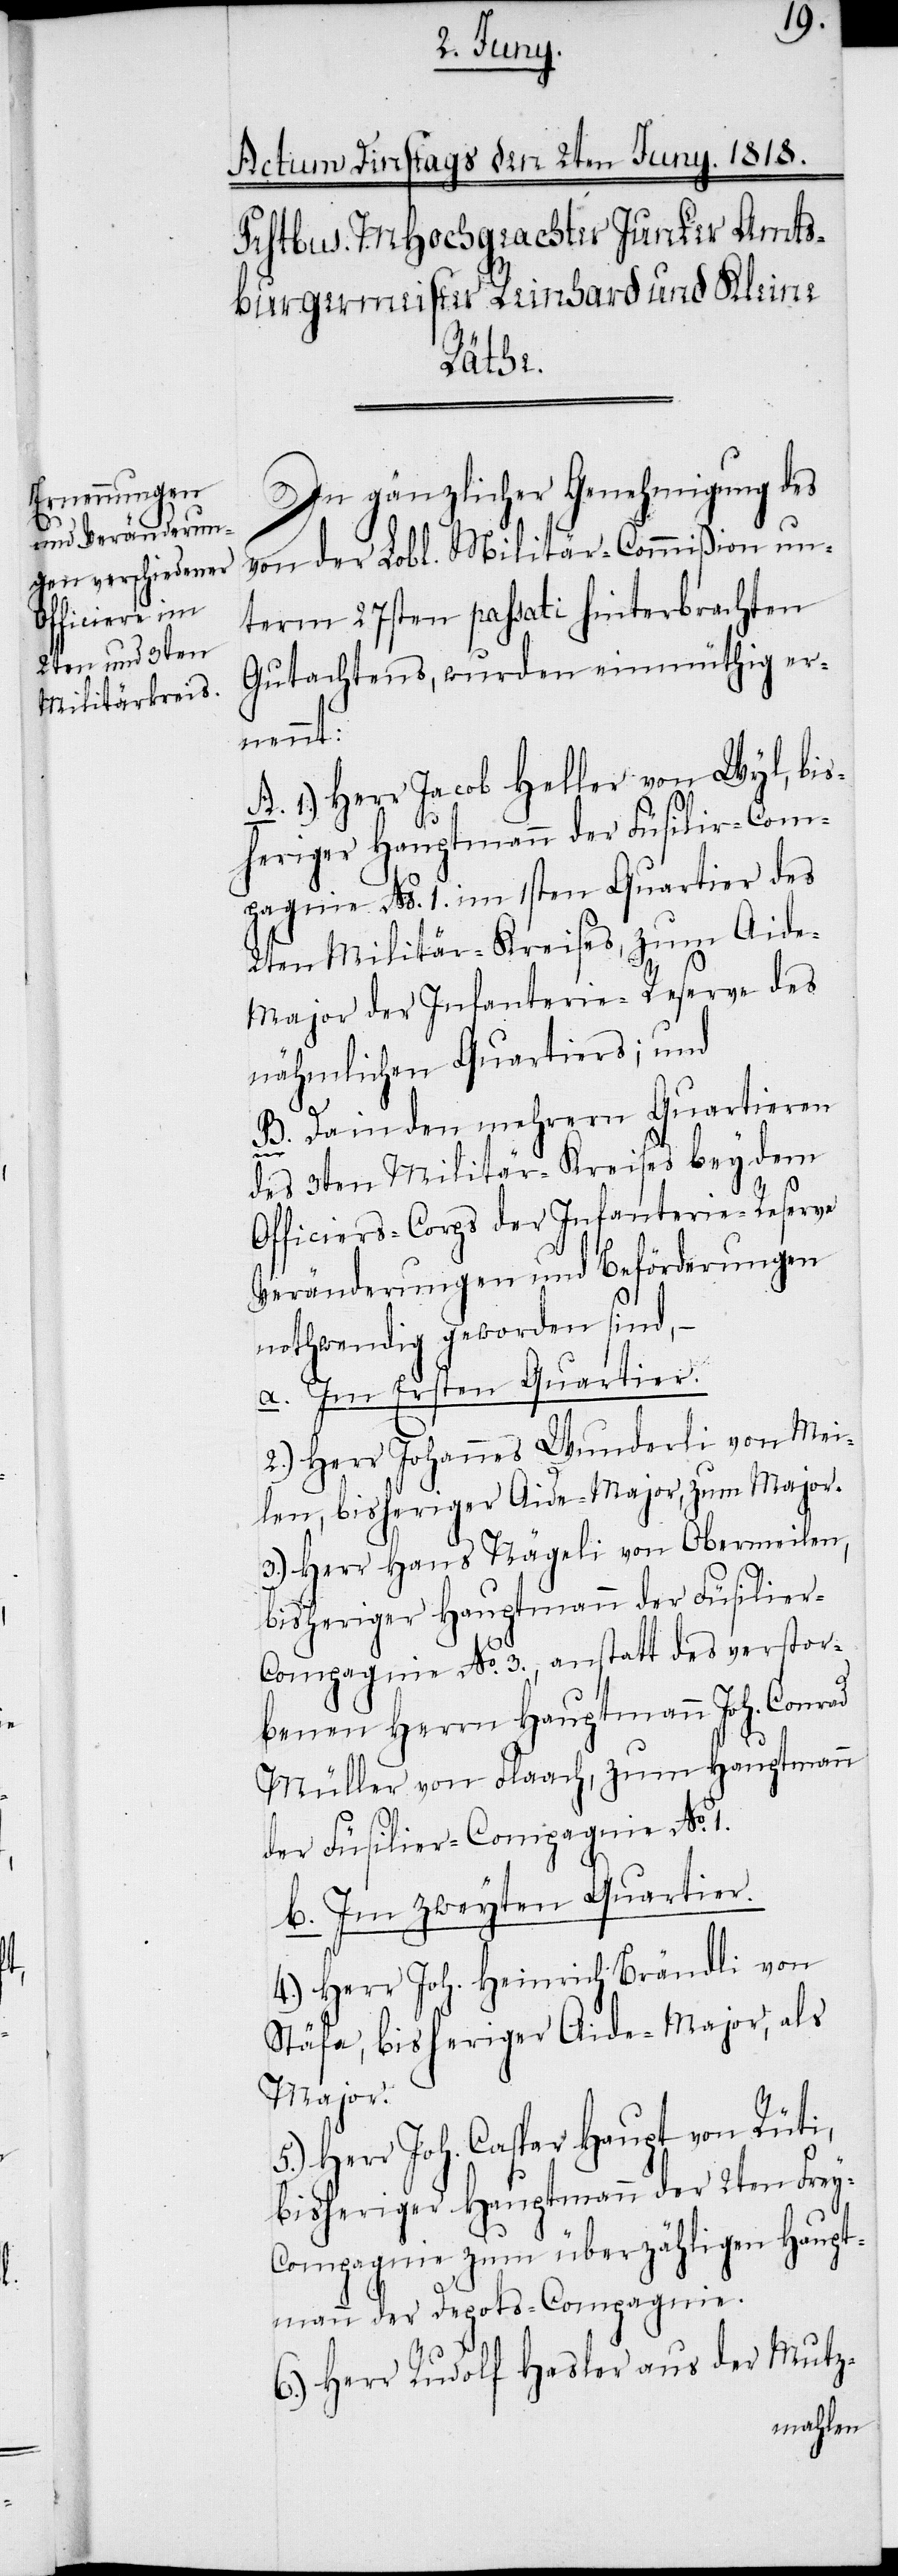
In gänzlicher Genehmigung des
von der Lobl. Militär-Commißion un¬
term 27sten passati hinterbrachten
Gutachtens, wurden einmüthig er¬
nennt:
A. 1.) Herr Jacob Heller von Wyl, bis¬
heriger Hauptmann der Füsilir-Com¬
pagnie No. 1. im 1sten Quartier des
2ten Militär-Kreises, zum Aid¬
e-Major der Infanterie-Reserve des
nähmlichen Quartiers; und
B. Da in den mehrern Quartieren
des 3ten Militär-Kreises bey dem
Officiers-Corps der Infanterie-Reserve
Veränderungen und Beförderungen
nothwendig geworden sind, −
a. Im Ersten Quartier.
2.) Herr Johannes Wunderli von Mei¬
len, bisheriger Aide-Major, zum Major.
3.) Herr Hans Nägeli von Obermeilen,
bisheriger Hauptmann der Füsilier-C¬
ompagnie No. 3., anstatt des verstor¬
benen Herrn Hauptmann Joh. Conrad
Müller von Flaach, zum Hauptmann
der Füsilier-Compagnie No.
b. Im zweyten Quartier.
4.) Herr Joh. Heinrich Brändli von
Stäfa, bisheriger Aide-Major, als
Major.
5.) Herr Joh. Caspar Haupt von Rüti,
bisheriger Hauptmann der 2ten Frey-C¬
ompagnie zum überzähligen Haupt¬
mann der Depots-Compagnie.
6.) Herr Rudolf Hasler aus der Mutz-